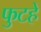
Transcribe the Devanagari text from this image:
फुटहे